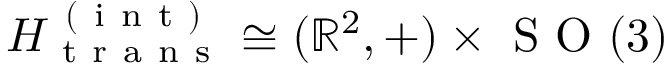
H _ { \mathrm { ~ t ~ r ~ a ~ n ~ s ~ } } ^ { \mathrm { ~ ( ~ i ~ n ~ t ~ ) ~ } } \cong ( \mathbb { R } ^ { 2 } , + ) \times \mathrm { ~ S ~ O ~ } ( 3 )